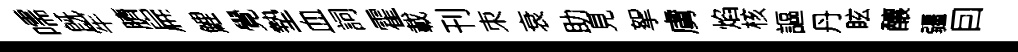
嚅旣牢臍扁鯉覺墊血詞霍載刊朿衰助見挐虜焰核謳丹眩釀疆囙